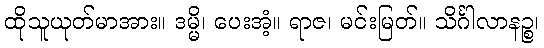
ထိုသူယုတ်မာအား။ ဒမ္မိ၊ ပေးအံ့။ ရာဇ၊ မင်းမြတ်။ သိင်္ဂါလာနဉ္စ၊